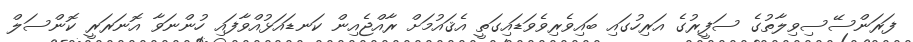
ފަރަންސޭސިވިލާތުގެ ސަފީރުގެ އަރިހުގައި ބައިވެރިވެވަޑައިގަތީ އެޤައުމަށް ރާއްޖެއިން ކަނޑައަޅުއްވާފައި ހުންނަވާ އޮނަރަރީ ކޮންސަލް